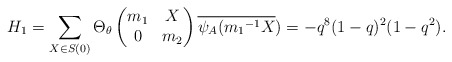
\begin{align*} H_1=\sum_{X \in S(0)}\Theta_{\theta} \begin{pmatrix} m_1 & X\\ 0 & m_2\end{pmatrix}\overline{\psi_A({m_1}^{-1}X})=-q^8(1-q)^2(1-q^2).\end{align*}